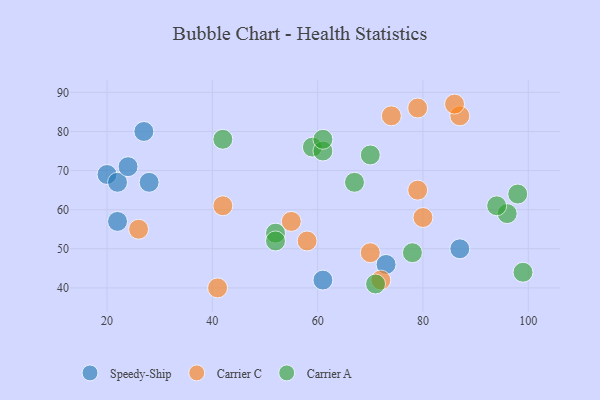
{"axis": {"x": "GDP", "y": "Life Expectancy"}, "legend": ["Carrier A", "Carrier C", "Speedy-Ship"], "data": [{"x": "27", "y": 80, "type": "Speedy-Ship"}, {"x": "61", "y": 42, "type": "Speedy-Ship"}, {"x": "22", "y": 57, "type": "Speedy-Ship"}, {"x": "20", "y": 69, "type": "Speedy-Ship"}, {"x": "87", "y": 50, "type": "Speedy-Ship"}, {"x": "22", "y": 67, "type": "Speedy-Ship"}, {"x": "24", "y": 71, "type": "Speedy-Ship"}, {"x": "73", "y": 46, "type": "Speedy-Ship"}, {"x": "28", "y": 67, "type": "Speedy-Ship"}, {"x": "41", "y": 40, "type": "Carrier C"}, {"x": "74", "y": 84, "type": "Carrier C"}, {"x": "79", "y": 86, "type": "Carrier C"}, {"x": "79", "y": 65, "type": "Carrier C"}, {"x": "72", "y": 42, "type": "Carrier C"}, {"x": "87", "y": 84, "type": "Carrier C"}, {"x": "55", "y": 57, "type": "Carrier C"}, {"x": "26", "y": 55, "type": "Carrier C"}, {"x": "58", "y": 52, "type": "Carrier C"}, {"x": "80", "y": 58, "type": "Carrier C"}, {"x": "86", "y": 87, "type": "Carrier C"}, {"x": "42", "y": 61, "type": "Carrier C"}, {"x": "70", "y": 49, "type": "Carrier C"}, {"x": "70", "y": 74, "type": "Carrier A"}, {"x": "52", "y": 54, "type": "Carrier A"}, {"x": "52", "y": 52, "type": "Carrier A"}, {"x": "59", "y": 76, "type": "Carrier A"}, {"x": "42", "y": 78, "type": "Carrier A"}, {"x": "61", "y": 75, "type": "Carrier A"}, {"x": "96", "y": 59, "type": "Carrier A"}, {"x": "94", "y": 61, "type": "Carrier A"}, {"x": "98", "y": 64, "type": "Carrier A"}, {"x": "71", "y": 41, "type": "Carrier A"}, {"x": "67", "y": 67, "type": "Carrier A"}, {"x": "78", "y": 49, "type": "Carrier A"}, {"x": "99", "y": 44, "type": "Carrier A"}, {"x": "61", "y": 78, "type": "Carrier A"}]}